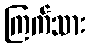
ကြက်သား